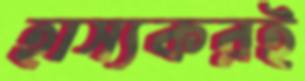
হাস্যকরই